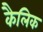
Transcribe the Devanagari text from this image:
कैलिक